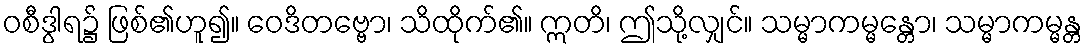
ဝစီဒွါရ၌ ဖြစ်၏ဟူ၍။ ဝေဒိတဗ္ဗော၊ သိထိုက်၏။ ဣတိ၊ ဤသို့လျှင်။ သမ္မာကမ္မန္တော၊ သမ္မာကမ္မန္တ